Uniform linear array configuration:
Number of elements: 4
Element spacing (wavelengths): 0.25
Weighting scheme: binomial
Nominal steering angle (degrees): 60
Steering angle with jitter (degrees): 60.754
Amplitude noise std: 0.05
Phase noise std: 0.05

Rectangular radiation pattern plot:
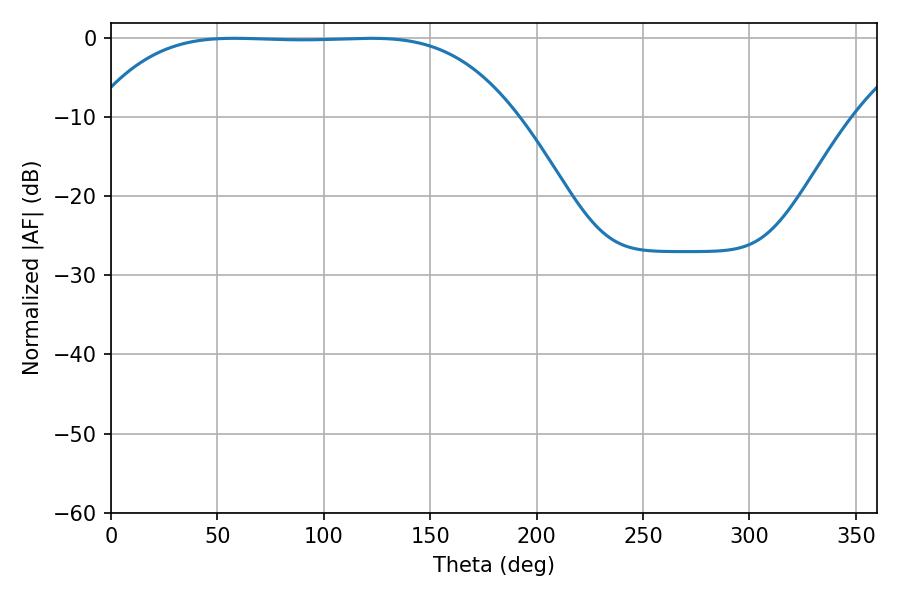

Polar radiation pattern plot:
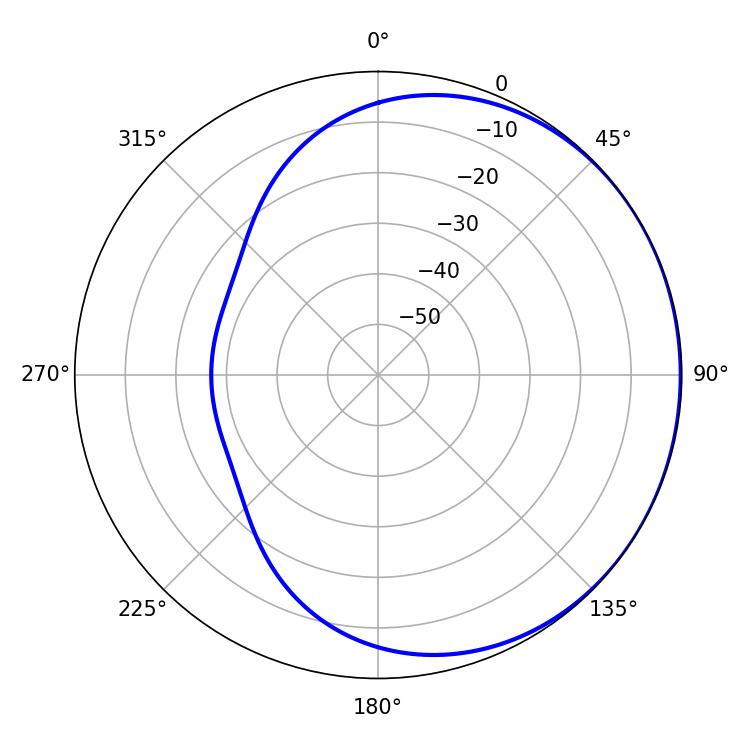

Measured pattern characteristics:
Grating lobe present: FALSE
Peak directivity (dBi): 0.4311
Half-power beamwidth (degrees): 151.2
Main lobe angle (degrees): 57.96